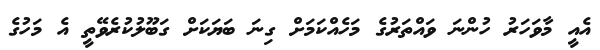
އެއީ މާވަހަރު ހުންނަ ވައްތަރުގެ މަހެއްކަމަށް ގިނަ ބަޔަކަށް ގަބޫލުކުރެވޭތީ އެ މަހުގެ